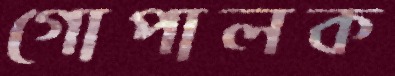
গোপালক